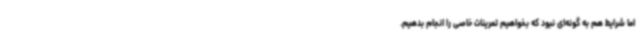
اما شرایط هم به گونه‌ای نبود که بخواهیم تمرینات خاصی را انجام بدهیم.